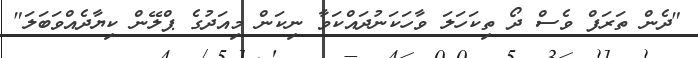
"ދެން ތަރަފް ވެސް ދޯ ތިކަހަލަ ވާހަކަނުދައްކަވާ ނިކަން މިއަދުގެ ޕްލޭން ކިޔާދެއްވަބަލަ"